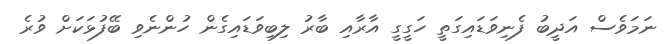
ނަމަވެސް އަދީބު ފެނިވަޑައިގަތީ ހަގީގީ އާރާއި ބާރު ލިބިވަޑައިގެން ހުންނެވި ބޭފުޅަކަށް ވުރެ